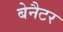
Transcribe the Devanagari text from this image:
बेनैटर